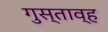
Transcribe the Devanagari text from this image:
गुस्ताव्ह